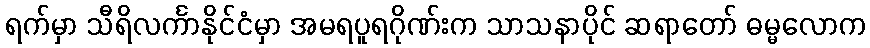
ရက်မှာ သီရိလင်္ကာနိုင်ငံမှာ အမရပူရဂိုဏ်းက သာသနာပိုင် ဆရာတော် ဓမ္မလောက